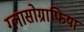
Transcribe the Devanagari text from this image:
ग्लासोग्राफिया